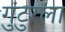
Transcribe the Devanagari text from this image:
गुंटुरला